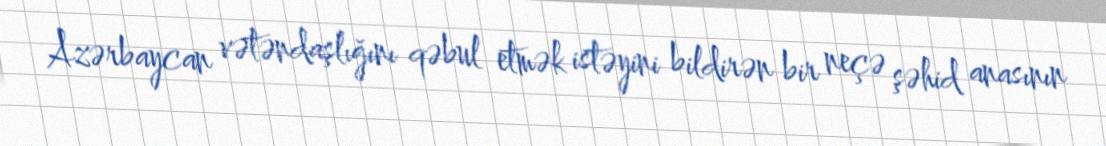
Azərbaycan vətəndaşlığını qəbul etmək istəyini bildirən bir neçə şəhid anasının